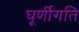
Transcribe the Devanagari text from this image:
घूर्णीगति